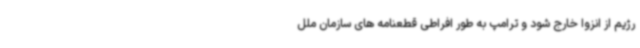
رژیم از انزوا خارج شود و ترامپ به طور افراطی قطعنامه های سازمان ملل